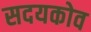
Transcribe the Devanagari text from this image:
सदयकोव